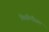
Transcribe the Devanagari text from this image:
किसीमौसम